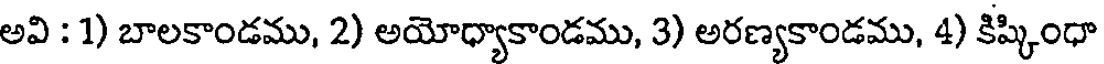
అవి : 1) బాలకాండము, 2) అయోధ్యాకాండము, 3) అరణ్యకాండము, 4) కిష్కింధా